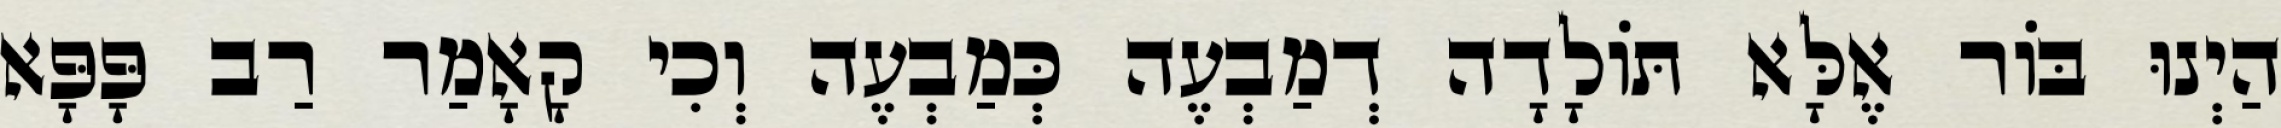
הַיְנוּ בּוֹר אֶלָּא תּוֹלָדָה דְמַבְעֶה כְּמַבְעֶה וְכִי קָאָמַר רַב פָּפָּא